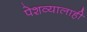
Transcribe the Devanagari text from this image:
पेशव्यालाही